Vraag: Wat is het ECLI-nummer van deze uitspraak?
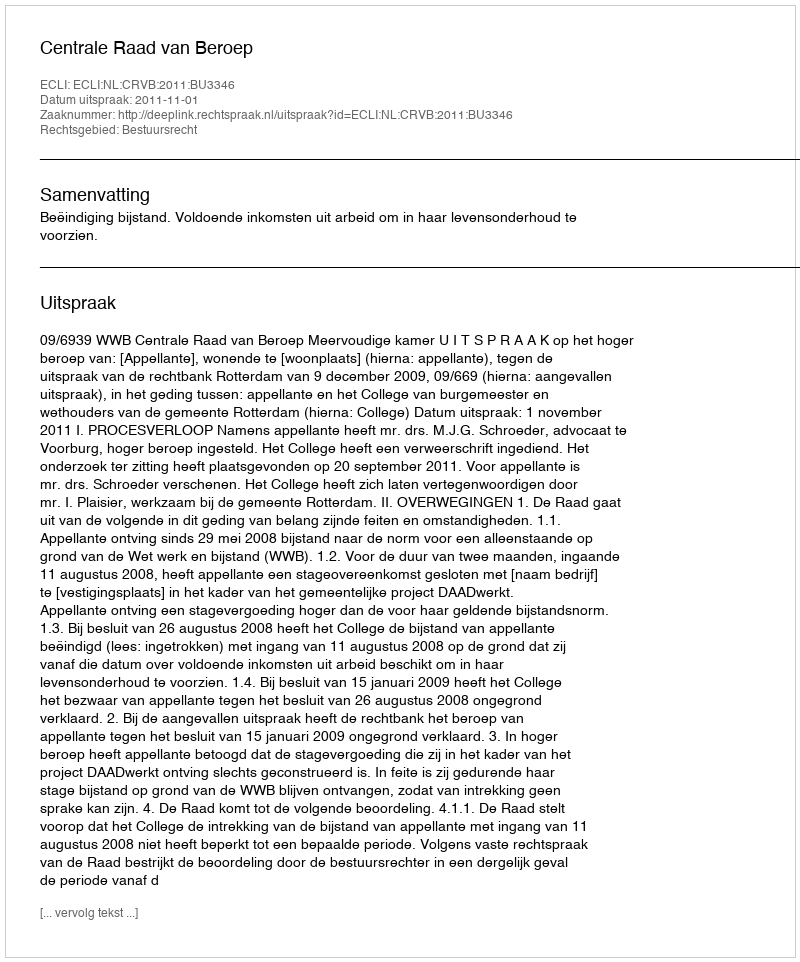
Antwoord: ECLI:NL:CRVB:2011:BU3346